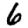
Digit: 6